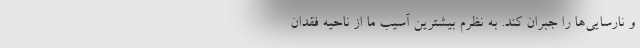
و نارسایی‌ها را جبران کند. به نظرم بیشترین آسیب ما از ناحیه فقدان